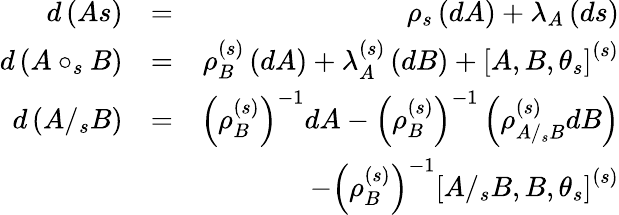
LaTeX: \begin{array}{rlr}{d\left(As\right)}&{=}&{\rho_{s}\left(dA\right)+\lambda_{A}\left(ds\right)}\\ {d\left(A\circ_{s}B\right)}&{=}&{\rho_{B}^{\left(s\right)}\left(dA\right)+\lambda_{A}^{\left(s\right)}\left(dB\right)+\left[A,B,\theta_{s}\right]^{\left(s\right)}}\\ {d\left(A/_{s}B\right)}&{=}&{\left(\rho_{B}^{\left(s\right)}\right)^{-1}dA-\left(\rho_{B}^{\left(s\right)}\right)^{-1}\left(\rho_{A/_{s}B}^{\left(s\right)}dB\right)}\\ &{}&{-\left(\rho_{B}^{\left(s\right)}\right)^{-1}\left[A/_{s}B,B,\theta_{s}\right]^{\left(s\right)}}\end{array}